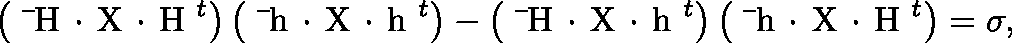
\left( \mathrm { \boldmath ~ \bar { ~ } H ~ } \! \cdot \! \mathrm { \boldmath ~ X ~ } \! \cdot \! \mathrm { \boldmath ~ H ~ } ^ { t } \right) \left( \mathrm { \boldmath ~ \bar { ~ } h ~ } \! \cdot \! \mathrm { \boldmath ~ X ~ } \! \cdot \! \mathrm { \boldmath ~ h ~ } ^ { t } \right) - \left( \mathrm { \boldmath ~ \bar { ~ } H ~ } \! \cdot \! \mathrm { \boldmath ~ X ~ } \! \cdot \! \mathrm { \boldmath ~ h ~ } ^ { t } \right) \left( \mathrm { \boldmath ~ \bar { ~ } h ~ } \! \cdot \! \mathrm { \boldmath ~ X ~ } \! \cdot \! \mathrm { \boldmath ~ H ~ } ^ { t } \right) = \sigma ,